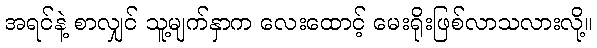
အရင်နဲ့ စာလျှင် သူ့မျက်နှာက လေးထောင့် မေးရိုးဖြစ်လာသလားလို့။